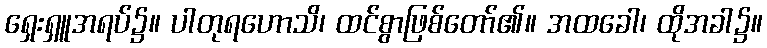
ရှေးရှူအရပ်၌။ ပါတုရဟောသိ၊ ထင်စွာဖြစ်တော်၏။ အထခေါ၊ ထိုအခါ၌။